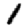
Digit: 1